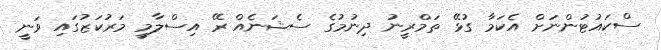
ސްކައުޓުންނަށް އެކަމާ ގުޅޭ ތަމްރީނު ދިނުމުގެ ސެޝަނެއް ރޭ އިސްލާމީ މަރުކަޒުގައި ވަނީ